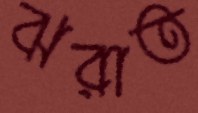
ঝরাত